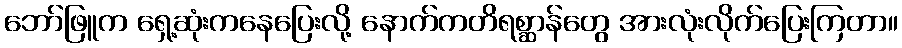
ဘော်ဖြူက ရှေ့ဆုံးကနေပြေးလို့ နောက်ကတိရစ္ဆာန်တွေ အားလုံးလိုက်ပြေးကြတာ။